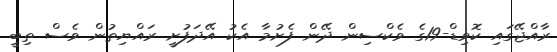
ރާއްޖޭގައި ކޮވިޑް-19ގެ ވެކްސިން ދޭން ފެށުމާ އެކު އޭދަފުށީ ރައްޔިތުން ވެސް ތިބީ